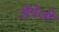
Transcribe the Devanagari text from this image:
अेंग्रेजी